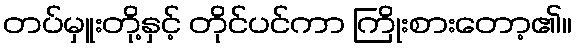
တပ်မှူးတို့နှင့် တိုင်ပင်ကာ ကြိုးစားတော့၏။